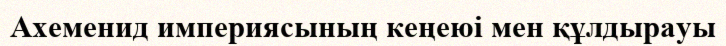
Ахеменид империясының кеңеюі мен құлдырауы